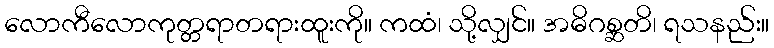
လောကီလောကုတ္တရာတရားထူးကို။ ကထံ၊ သို့လျှင်။ အဓိဂစ္ဆတိ၊ ရသနည်း။